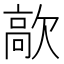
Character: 歊